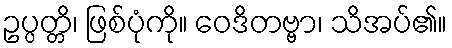
ဥပ္ပတ္တိ၊ ဖြစ်ပုံကို။ ဝေဒိတဗ္ဗာ၊ သိအပ်၏။